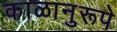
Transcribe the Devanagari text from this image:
काळानुरूपे